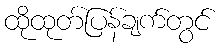
ထိုထုတ်ပြန်ချက်တွင်